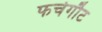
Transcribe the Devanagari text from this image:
फर्चगौट